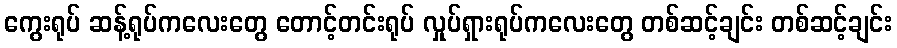
ကွေးရုပ် ဆန့်ရုပ်ကလေးတွေ တောင့်တင်းရုပ် လှုပ်ရှားရုပ်ကလေးတွေ တစ်ဆင့်ချင်း တစ်ဆင့်ချင်း